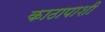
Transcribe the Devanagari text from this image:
काठापाशी